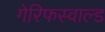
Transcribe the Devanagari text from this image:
गेरिफस्वाल्ड